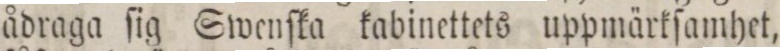
ådraga ſig Swenſka kabinettets uppmärkſamhet,